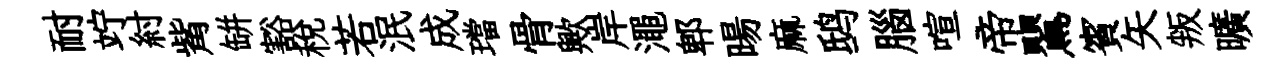
耐竚紂觜缾豁税若泯成璫骨歟岸澠郫暘麻鸱腦喧帝鸎賓矢叛曠